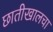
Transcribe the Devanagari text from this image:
छातीखालचा